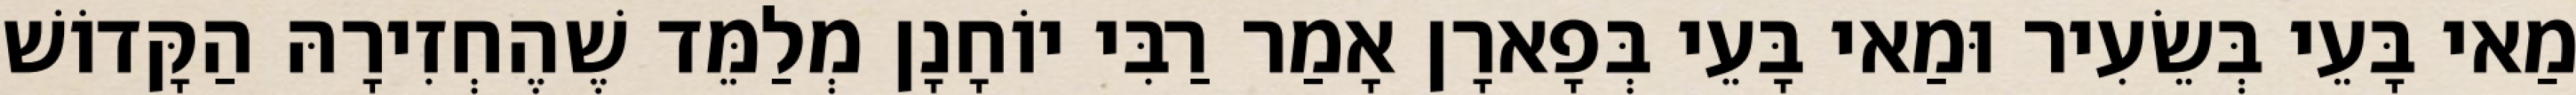
מַאי בָּעֵי בְּשֵׂעִיר וּמַאי בָּעֵי בְּפָארָן אָמַר רַבִּי יוֹחָנָן מְלַמֵּד שֶׁהֶחְזִירָהּ הַקָּדוֹשׁ